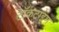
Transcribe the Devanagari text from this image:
टॉकटाइम